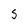
Character: S